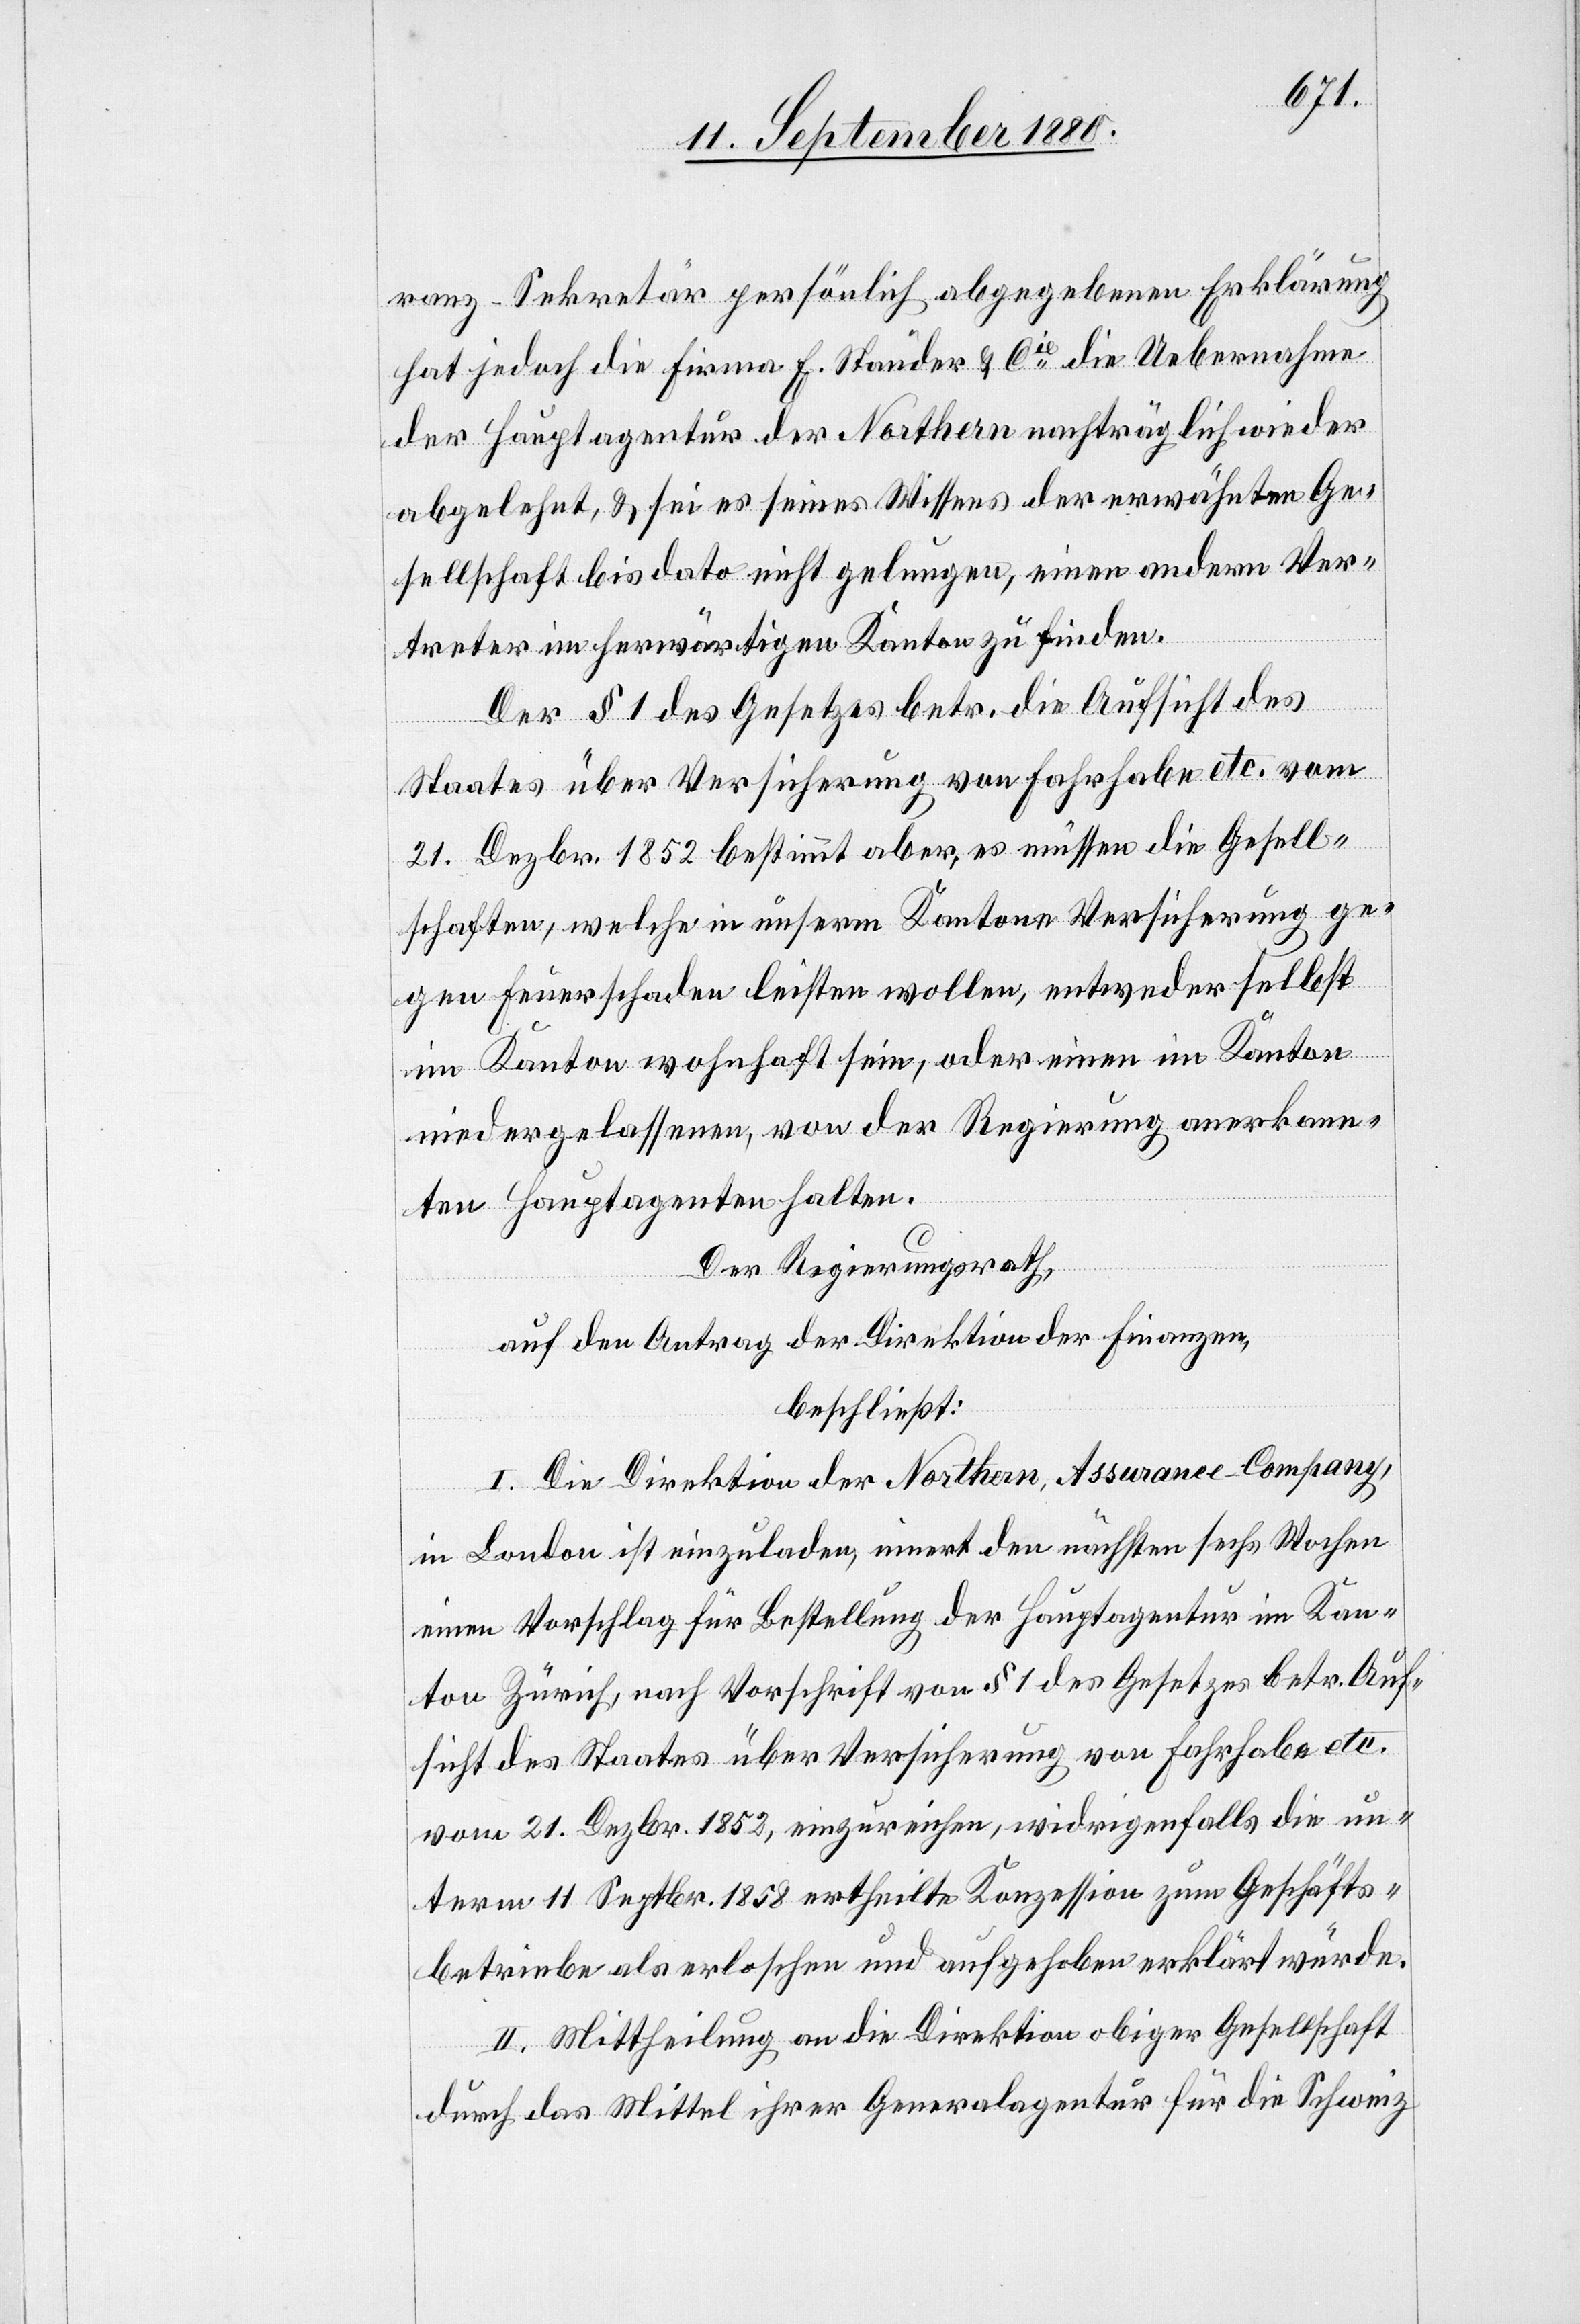
ranz-Sekretär persönlich abgegebene Erklärung
hat jedoch die Firma E. Stauder & Cie die Uebernahme
der Hauptagentur der Northern nachträgliche wieder
abgelehnt, & sei es seines Wissens der erwähnten Ge¬
sellschaft bis dato nicht gelungen, einen andern Ver¬
treter im herwärtigen Kanton zu finden.
Der § 1 des Gesetzes betr. die Aufsicht des
Staates über Versicherung von Fahrhabe etc. vom
21. Dezbr. 1852 bestimmt aber, es müssen die Gesell¬
schaften, welche in unserm Kantone Versicherung ge¬
gen Feuerschaden leisten wollen, entweder selbst
im Kanton wohnhaft sein, oder einen im Kanton
niedergelassenen, von der Regierung anerkann¬
ten Hauptagenten halten.
Der Regierungsrath,
auf den Antrag der Direktion der Finanzen,
beschließt:
I. Die Direktion der Northern Assurance Company,
in London ist einzuladen, innert den nächsten sechs Wochen
einen Vorschlag für Bestellung der Hauptagentur im Kan¬
ton Zürich, nach Vorschrift von § 1 des Gesetzes betr. Auf¬
sicht des Staates über Versicherung von Fahrhabe etc.
vom 21. Dezbr. 1853, einzureichen, widrigenfalls die un¬
term 11. Septr. 1858 ertheilte Konzession zum Geschäfts¬
betriebe als erloschen und aufgehoben erklärt würde.
II. Mittheilung an die Direktion obiger Gesellschaft
durch das Mittel ihrer Generalagentur für die Schweiz